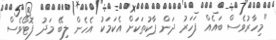
"މިހާރުވެސް ބައެއް ފަހަރު ދަން ޕާކުތަކަށް އެކަމަކު އެހެން ލިބޭ މަދު ފޮޓޯވެސް